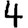
Digit: 4